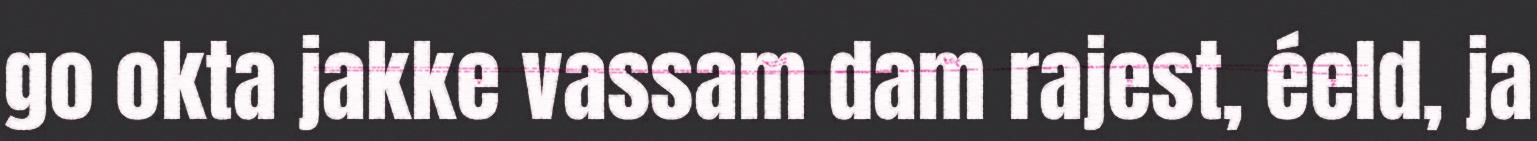
go okta jakke vassam dam rajest, éeld, ja